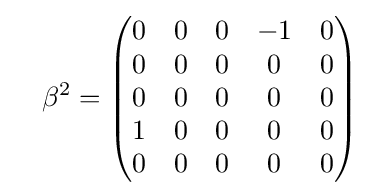
\quad \beta ^{2}={\begin{pmatrix}0&0&0&-1&0\\0&0&0&0&0\\0&0&0&0&0\\1&0&0&0&0\\0&0&0&0&0\end{pmatrix}}